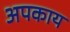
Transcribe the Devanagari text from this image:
अपकाय